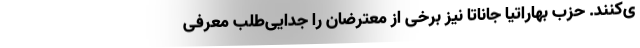
ی‌کنند. حزب بهاراتیا جاناتا نیز برخی از معترضان را جدایی‌طلب معرفی